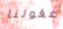
عقولنا